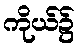
ကိုယ်၌